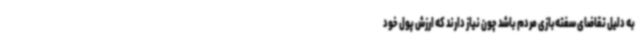
به دلیل تقاضای سفته‌بازی مردم باشد چون نیاز دارند که ارزش پول خود